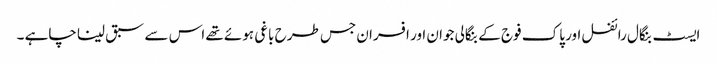
ایسٹ بنگال رائفل اور پاک فوج کے بنگالی جوان اور افسران جس طرح باغی ہوئے تھے اس سے سبق لینا چاہے ۔